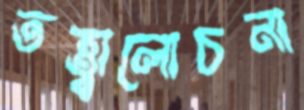
তত্ত্বালোচনা